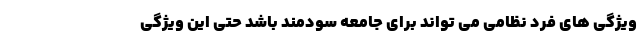
ویژگی های فرد نظامی می تواند برای جامعه سودمند باشد حتی این ویژگی